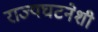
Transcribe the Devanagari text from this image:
राज्यघटनेशी